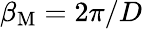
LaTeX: \beta_{\mathrm{M}}=2\pi/D